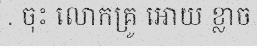
. ចុះ លោកគ្រូ អោយ ខ្លាច